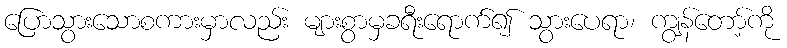
ပြောသွားသောစကားမှာလည်း များစွာမှခရီးရောက်၍ သွားပေရာ၊ ကျွန်တော့်ကို